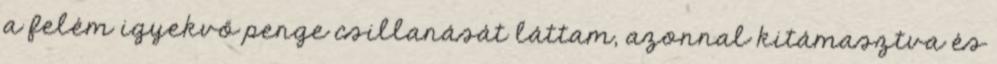
a felém igyekvő penge csillanását láttam, azonnal kitámasztva és